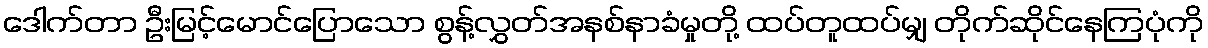
ဒေါက်တာ ဦးမြင့်မောင်ပြောသော စွန့်လွှတ်အနစ်နာခံမှုတို့ ထပ်တူထပ်မျှ တိုက်ဆိုင်နေကြပုံကို